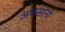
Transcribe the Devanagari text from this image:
अफसानों